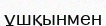
ұшқынмен